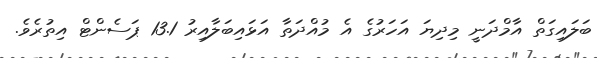
ބަލައިގަތް އާމްދަނީ މިދިޔަ އަހަރުގެ އެ މުއްދަތާ އަޅައިބަލާއިރު 13.1 ޕަސެންޓް އިތުރެވެ.